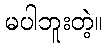
မပါဘူးတဲ့။